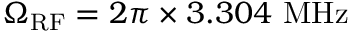
\Omega _ { \mathrm { R F } } = 2 \pi \times 3 . 3 0 4 ~ \mathrm { M H z }